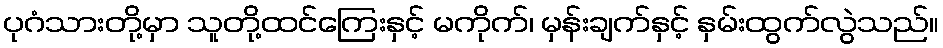
ပုဂံသားတို့မှာ သူတို့ထင်ကြေးနှင့် မကိုက်၊ မှန်းချက်နှင့် နှမ်းထွက်လွဲသည်။